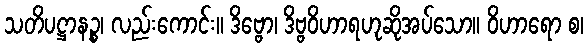
သတိပဋ္ဌာနဉ္စ၊ လည်းကောင်း။ ဒိဗ္ဗော၊ ဒိဗ္ဗဝိဟာရဟုဆိုအပ်သော။ ဝိဟာရော စ၊